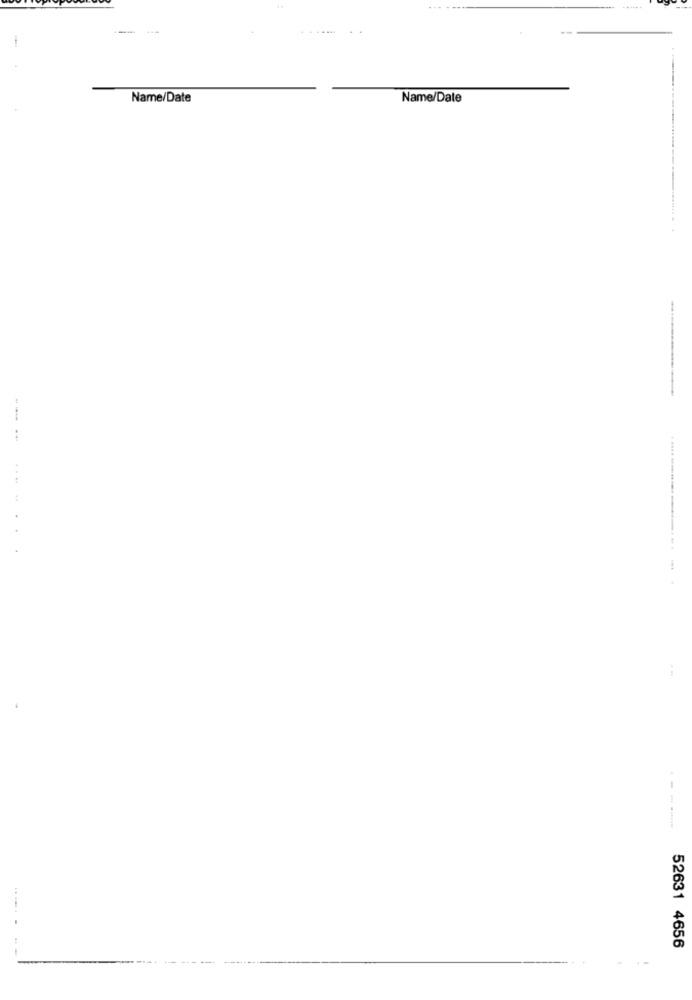
Name/Date
Name/Date
. .
............-------. ..
52631 4656